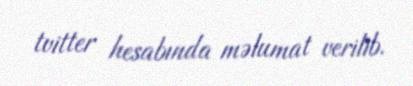
tvitter hesabında məlumat verilib.